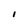
Character: I